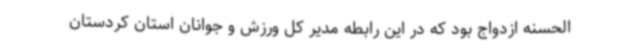
الحسنه ازدواج بود که در این رابطه مدیر کل ورزش و جوانان استان کردستان